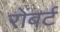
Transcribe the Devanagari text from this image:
रोंबर्ट